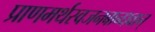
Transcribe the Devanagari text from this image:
प्राणमर्थस्वजनबान्धवान्